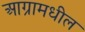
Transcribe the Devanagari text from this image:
आग्रामधील